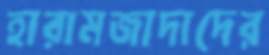
হারামজাদাদের